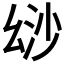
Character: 𢇄